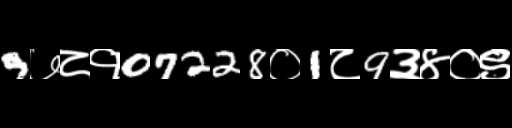
Text: 9७८१07228०1८9३४०९